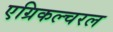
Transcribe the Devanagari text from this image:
एग्रिकल्चरल